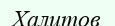
Халитов